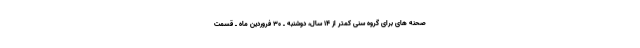
صحنه های برای گروه سنی کمتر از ۱۴ سال، دوشنبه ـ ۳۰ فروردین ماه ـ قسمت